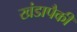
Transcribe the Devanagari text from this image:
खंडापैकी